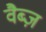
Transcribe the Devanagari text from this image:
वैब्ज़